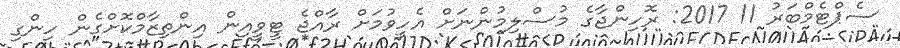
ސެޕްޓެމްބަރު 11 2017: ރޮހިންޖާގެ މުސްލިމުންނަށް އެހީވުމަށް ރާއްޖެ ޓީވީއިން އިންތިޒާމްކޮށްގެން ހިންގި